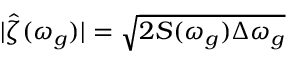
| \hat { \zeta } ( \omega _ { g } ) | = \sqrt { 2 S ( \omega _ { g } ) \Delta \omega _ { g } }